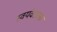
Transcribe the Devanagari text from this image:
स्वयंवराला